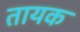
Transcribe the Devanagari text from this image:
तायक